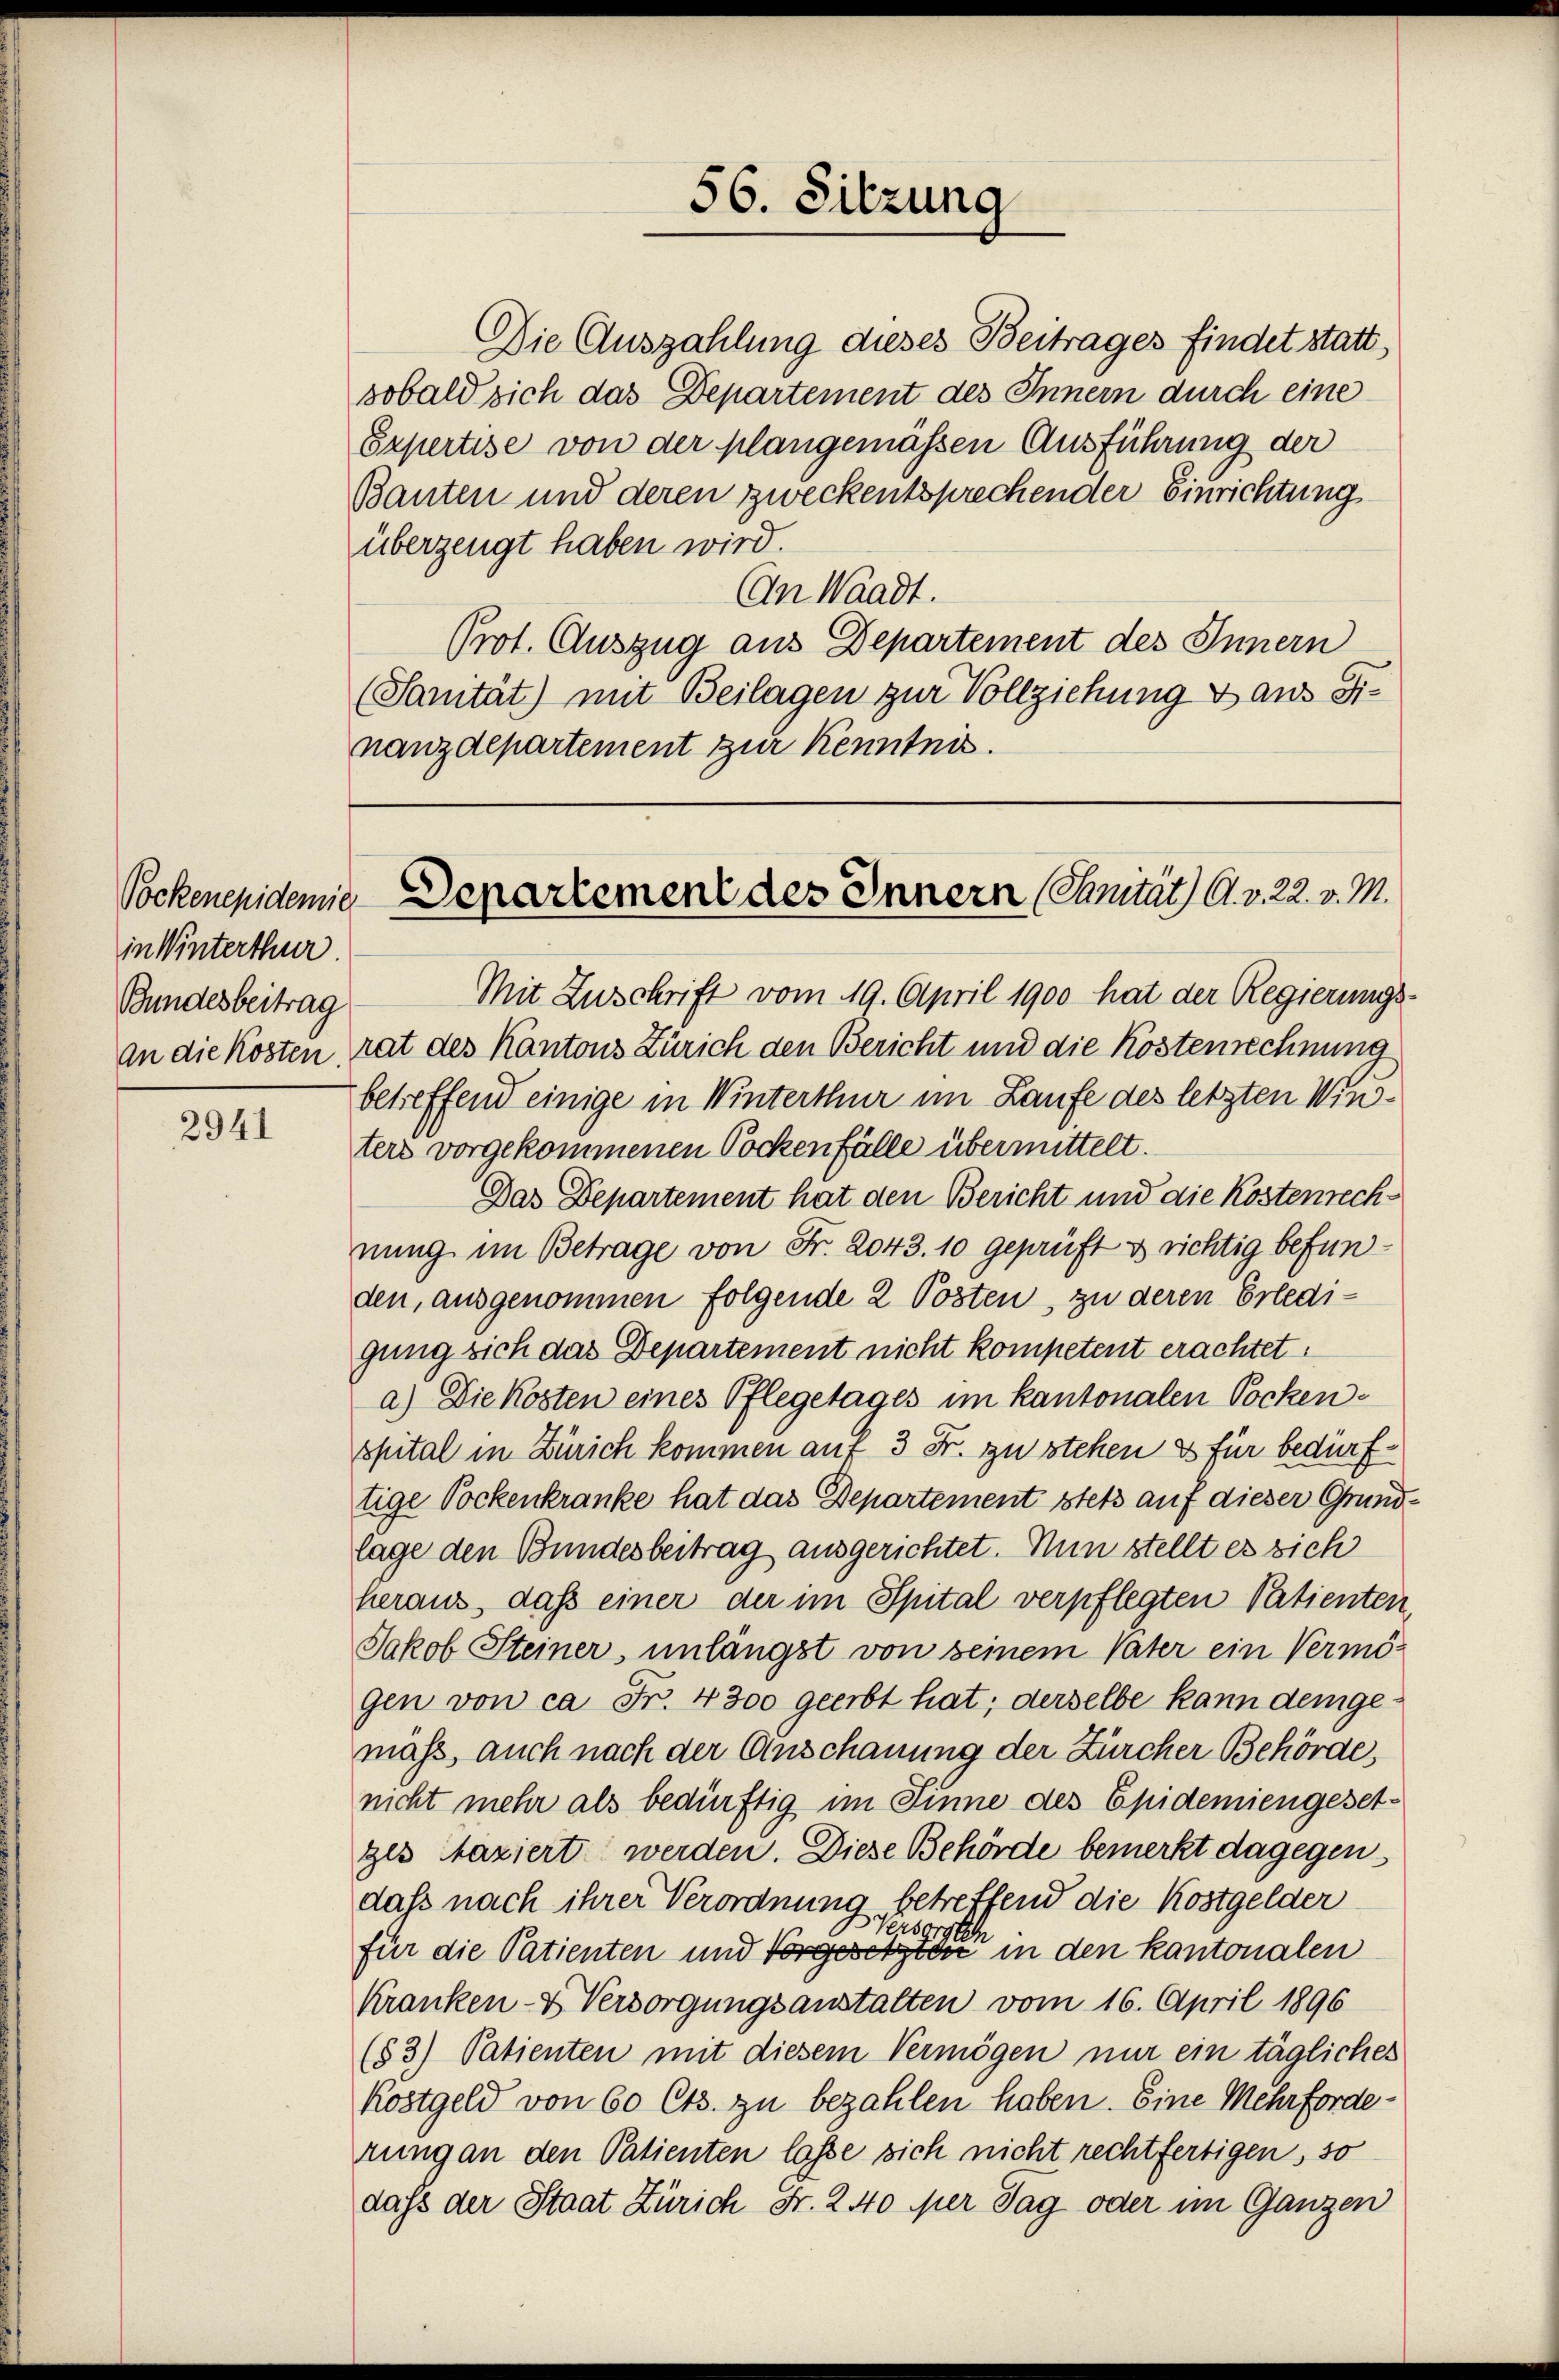
in Winterthur.
Bundesbeitrag

2941

Die Auszahlung dieses Beitrages findet statt.
sobald sich das Departement des Innern durch eine
Erpertise von der plangemässen Ausführung der
Bauten und deren zweckentsprechender Einrichtung
überzeugt haben wird.
(An Waadt.
Prot. Auszug aus Departement des Innern
(Sanität) mit Beilagen zur Vollziehung & aus Finanzdepartement zur Kenntnis.

56. Sitzung

Mit Zuschrift vom 19. April 1900 hat der Regierungs-
an die Kosten rat des Kantons Zürich den Bericht und die Kostenrechnung
betreffend einige in Winterthur im Laufe des letzten Winters vorgekommenen Pockenfälle übermittelt.
Das Departement hat den Bericht und die Kostenrechnung im Betrage von Fr. 2043. 10 geprüft & richtig befunden, ausgenommen folgende 2 Posten, zu deren Erledigung sich das Departement nicht kompetent erachtet:
a.) Die Kosten eines Pflegetages im kantonalen Sockenspital in Zürich kommen auf 3 Fr. zu stehen es für bedürftige Pockenkranke hat das Departement stets auf dieser Grundlage den Bundesbeitrag ausgerichtet. Nun stellt es sich
heraus, daß einer der im Spital verpflegten Patienten,
Jakob Steiner, unlängst von seinem Vater ein Vermögen von ca Fr. 4300 geerbt hat; derselbe kann dem gemäß, auch nach der Anschauung der Zürcher Behörde,
nicht mehr als bedürftig im Sinne des Epidemiengesetges Maxiert werden. Diese Behörde bemerkt dagegen
daß nach ihrer Verordnung betreffend die Kostgelder
ersorgten
für die Patienten und Vorgesetzten in den kantonalen
Kranken- & Versorgungsanstalten vom 16. April 1896
(83) Patienten mit diesem Vermögen nur ein tägliches
Kostgeld von 60 Cts. zu bezahlen haben. Eine Mehrforderung an den Patienten lasse sich nicht rechtfertigen, so
dass der Staat Zürich Fr. 240 per Tag oder im Ganzen

Sockenepidemie Departement des Innern (Sanität A. v. 22. v. M.